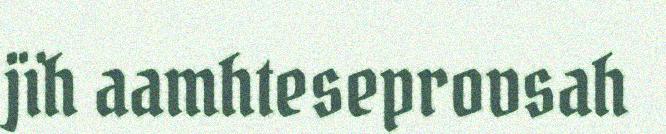
jïh aamhteseprovsah